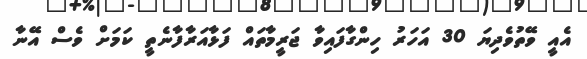
އެއީ ވޭތުވެދިޔަ 30 އަހަރު ހިންގާފައިވާ ޖަރީމާތައް ފަޅާއަރާފާނެތީ ކަމަށް ވެސް އޭނާ